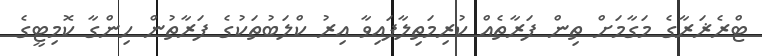
ޓްރެޜަރާގެ މަގާމަށް ތިން ފަރާތެއް ކުރިމަތިލާފައިވާ އިރު ކްލަބުތަކުގެ ފަރާތުން ހިންގާ ކޮމިޓީގެ